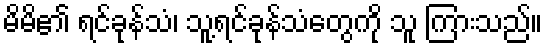
မိမိ၏ ရင်ခုန်သံ၊ သူ့ရင်ခုန်သံတွေကို သူ ကြားသည်။